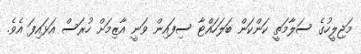
މަޖިލީހުގެ ސަލާމަތީ ކަންކަން ބަލަހައްޓާ ސިފައިން ވަނީ އާޒިމަށް ހުރަސް އަޅައިފަ އެވެ.